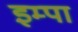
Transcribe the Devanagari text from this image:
इम्पा